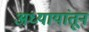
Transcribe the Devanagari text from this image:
अध्यायांतून